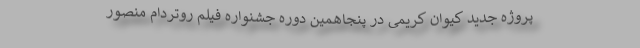
پروژه جدید کیوان کریمی در پنجاهمين دوره جشنواره فیلم روتردام منصور